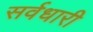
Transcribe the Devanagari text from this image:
सर्वधारी